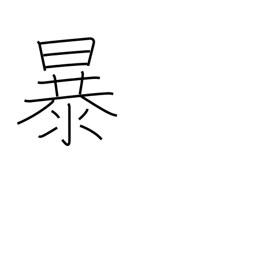
Meaning: rave